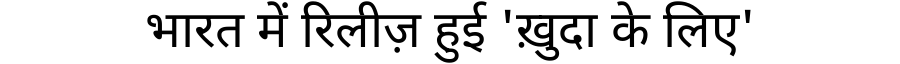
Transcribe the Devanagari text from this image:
भारत में रिलीज़ हुई 'ख़ुदा के लिए'